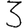
Digit: 3